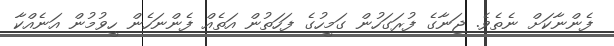
ފެންނާކަށް ނެތެވެ. ޖަނާގެ ފުރަގަހުން ގަމީހުގެ ފަހަތުން އަތެއް ފެންނަހެން ހީވުމުން އަނެއްކާ